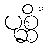
ပုစ္ဆိံ